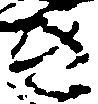
き